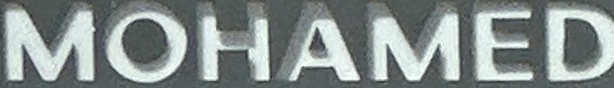
MOHAMED